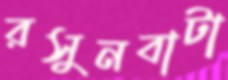
রসুনবাটা